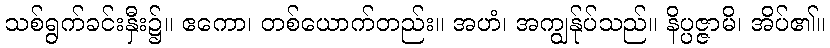
သစ်ရွက်ခင်းနှီး၌။ ဧကော၊ တစ်ယောက်တည်း။ အဟံ၊ အကျွန်ုပ်သည်။ နိပ္ပဇ္ဇာမိ၊ အိပ်၏။